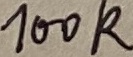
Text: 100K